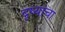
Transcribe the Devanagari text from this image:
दृष्यांचा